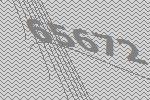
65672